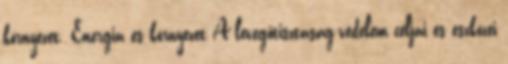
környezet. Energia és környezet A levegőtisztaság-védelem céljai és eszközei